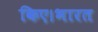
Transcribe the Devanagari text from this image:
किए।भारत